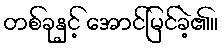
တစ်ခုနှင့် အောင်မြင်ခဲ့၏။